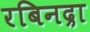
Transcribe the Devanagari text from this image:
रबिनद्रा